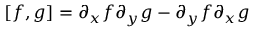
[ f , g ] = \partial _ { x } f \partial _ { y } g - \partial _ { y } f \partial _ { x } g